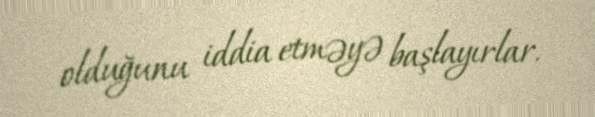
olduğunu iddia etməyə başlayırlar.